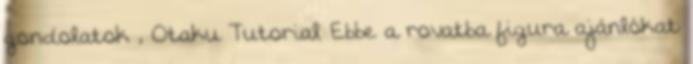
gondolatok , Otaku Tutorial Ebbe a rovatba figura ajánlókat